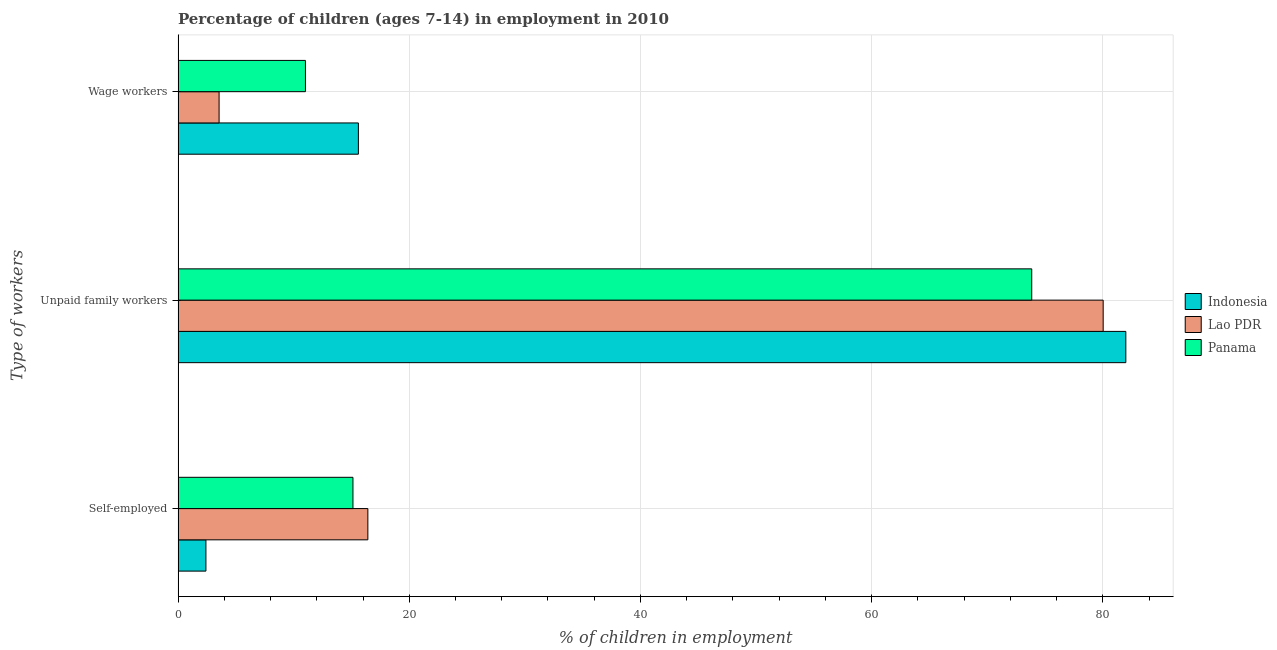
| Type of workers | Indonesia | Lao PDR | Panama |
 | --- | --- | --- | --- |
 | Self-employed | 2.41 | 16.4 | 15.1 |
 | Unpaid family workers | 82 | 80 | 73.8 |
 | Wage workers | 15.6 | 3.55 | 11 |